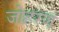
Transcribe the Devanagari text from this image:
जोहरण